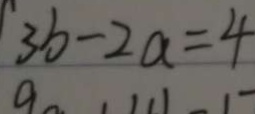
3 b - 2 a = 4